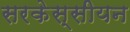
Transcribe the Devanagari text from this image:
सरकेस्सीयन